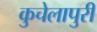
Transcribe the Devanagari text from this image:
कुचेलापुरी